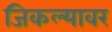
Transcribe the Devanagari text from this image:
जिकल्यावर